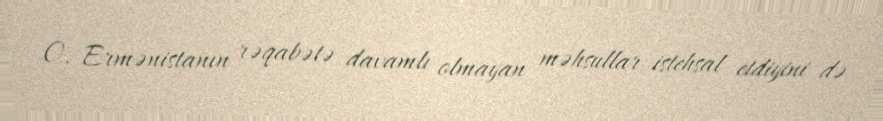
O, Ermənistanın rəqabətə davamlı olmayan məhsullar istehsal etdiyini də